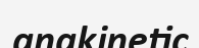
anakinetic